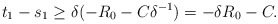
\begin{align*}t_{1}-s_{1}\geq \delta(-R_{0}-C\delta^{-1})= -\delta R_{0}-C.\end{align*}